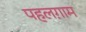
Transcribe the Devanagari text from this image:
पहलग़ाम